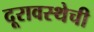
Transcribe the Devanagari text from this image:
दूरावस्थेची